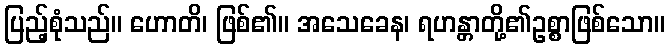
ပြည့်စုံသည်။ ဟောတိ၊ ဖြစ်၏။ အသေခေန၊ ရဟန္တာတို့၏ဥစ္စာဖြစ်သော။